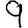
Digit: 9